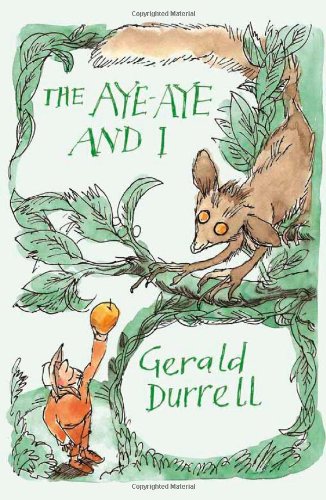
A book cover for The Aye-aye and I: A Rescue Mission in Madagascar (Revival); Gerald Durrell; Travel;